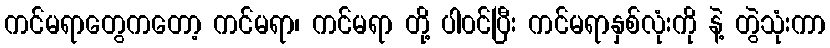
ကင်မရာတွေကတော့ ကင်မရာ၊ ကင်မရာ တို့ ပါ၀င်ပြီး ကင်မရာနှစ်လုံးကို နဲ့ တွဲသုံးကာ